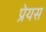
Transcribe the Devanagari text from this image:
प्रेयस